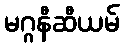
မဂ္ဂနီဆီယမ်